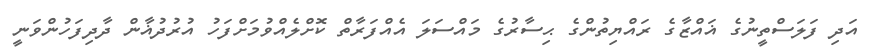
އަދި ފަލަސްތީނުގެ ޣައްޒާގެ ރައްޔިތުންގެ ޙިސާރުގެ މައްސަލަ އެއްފަރާތް ކޮށްލެއްވުމަށްފަހު އުރުދުޣާން ދާދިފަހުންވަނީ